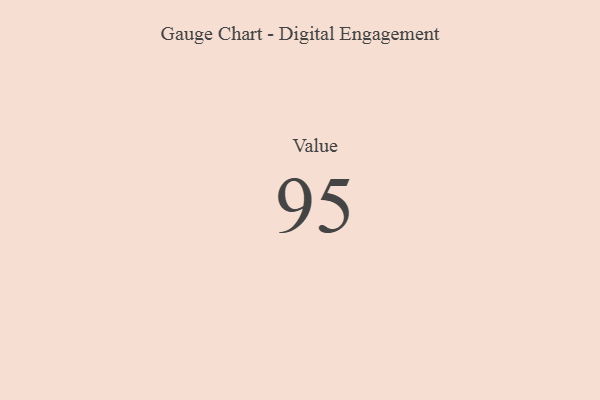
{"axis": {"x": "Metric", "y": "Value"}, "legend": [""], "data": [{"x": "Value", "y": 95, "type": ""}]}